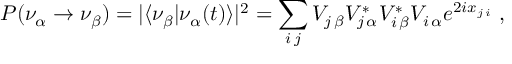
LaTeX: P ( \nu _ { \alpha } \rightarrow \nu _ { \beta } ) = | \langle \nu _ { \beta } | \nu _ { \alpha } ( t ) \rangle | ^ { 2 } = \sum _ { i \, j } V _ { j \, \beta } V _ { j \, \alpha } ^ { * } V _ { i \, \beta } ^ { * } V _ { i \, \alpha } e ^ { 2 i x _ { j \, i } } \; ,